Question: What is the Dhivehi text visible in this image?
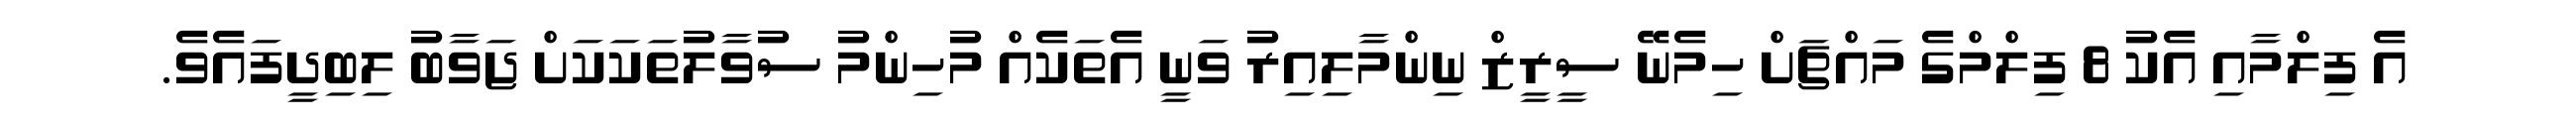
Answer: އެ ފިލްމާއި އެކު 8 ފިލްމްގެ މައްޗަށް ހިމެނޭ ސީރީޒް ނިންމާލިއިރު ވަނީ އެތަކެއް މުހިންމު ސުވާލުތަކަކަށް ޖަވާބު ލިބިދީފައެވެ.